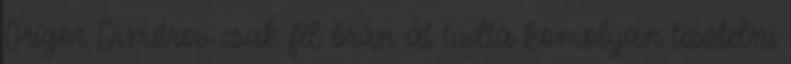
Grigor Dimitrov csak fél órán át tudta komolyan tesztelni